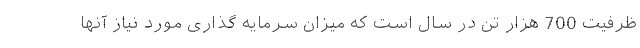
ظرفیت 700 هزار تن در سال است که میزان سرمایه گذاری مورد نیاز آنها